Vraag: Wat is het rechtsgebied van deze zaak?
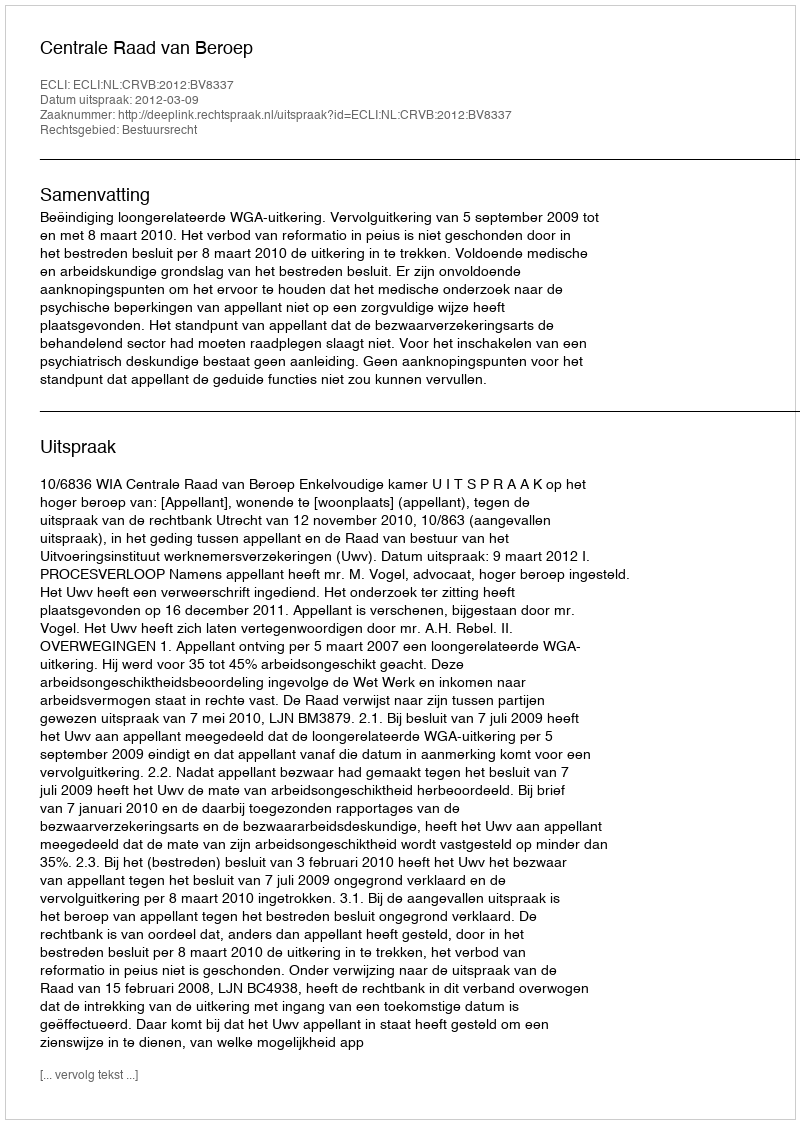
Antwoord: Bestuursrecht